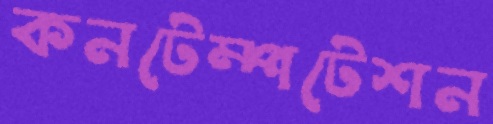
কনটেম্পটেশন